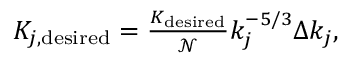
\begin{array} { r } { K _ { j , \mathrm { d e s i r e d } } = \frac { K _ { \mathrm { d e s i r e d } } } { \mathcal { N } } k _ { j } ^ { - 5 / 3 } \Delta k _ { j } , } \end{array}